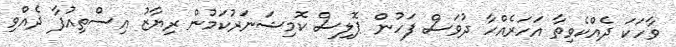
ވާހަކަ ދެއްކެވިތާ އަހަރެއްހާ ދުވަސް ފަހުން ޕޮލިސް ކޮމިޝަނަރުކަމުން ރިޔާޒު އިސްތިއުފާ ދެއްވި